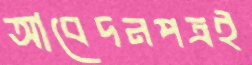
আবেদনপত্রই